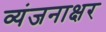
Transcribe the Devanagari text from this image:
व्यंजनाक्षर